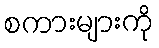
စကားများကို